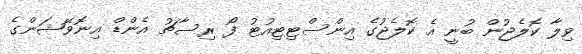
ވިލާ ކޮލެޖުން ބުނީ އެ ކޮލެޖުގެ އިންސްޓިޓިއުޓު ފޯ ރިސާޗު އެންޑް އިނޮވޭޝަންގެ